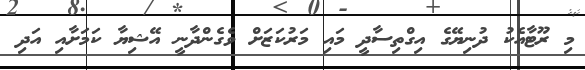
މި ރޫޓާއެކު ދުނިޔޭގެ އިގްތިސާދީ މައި މަރުކަޒަށް ވެގެންދާނީ އޭޝިޔާ ކަމަށާއި އަދި